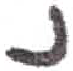
אות: נ